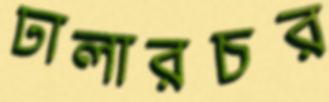
ঢালারচর